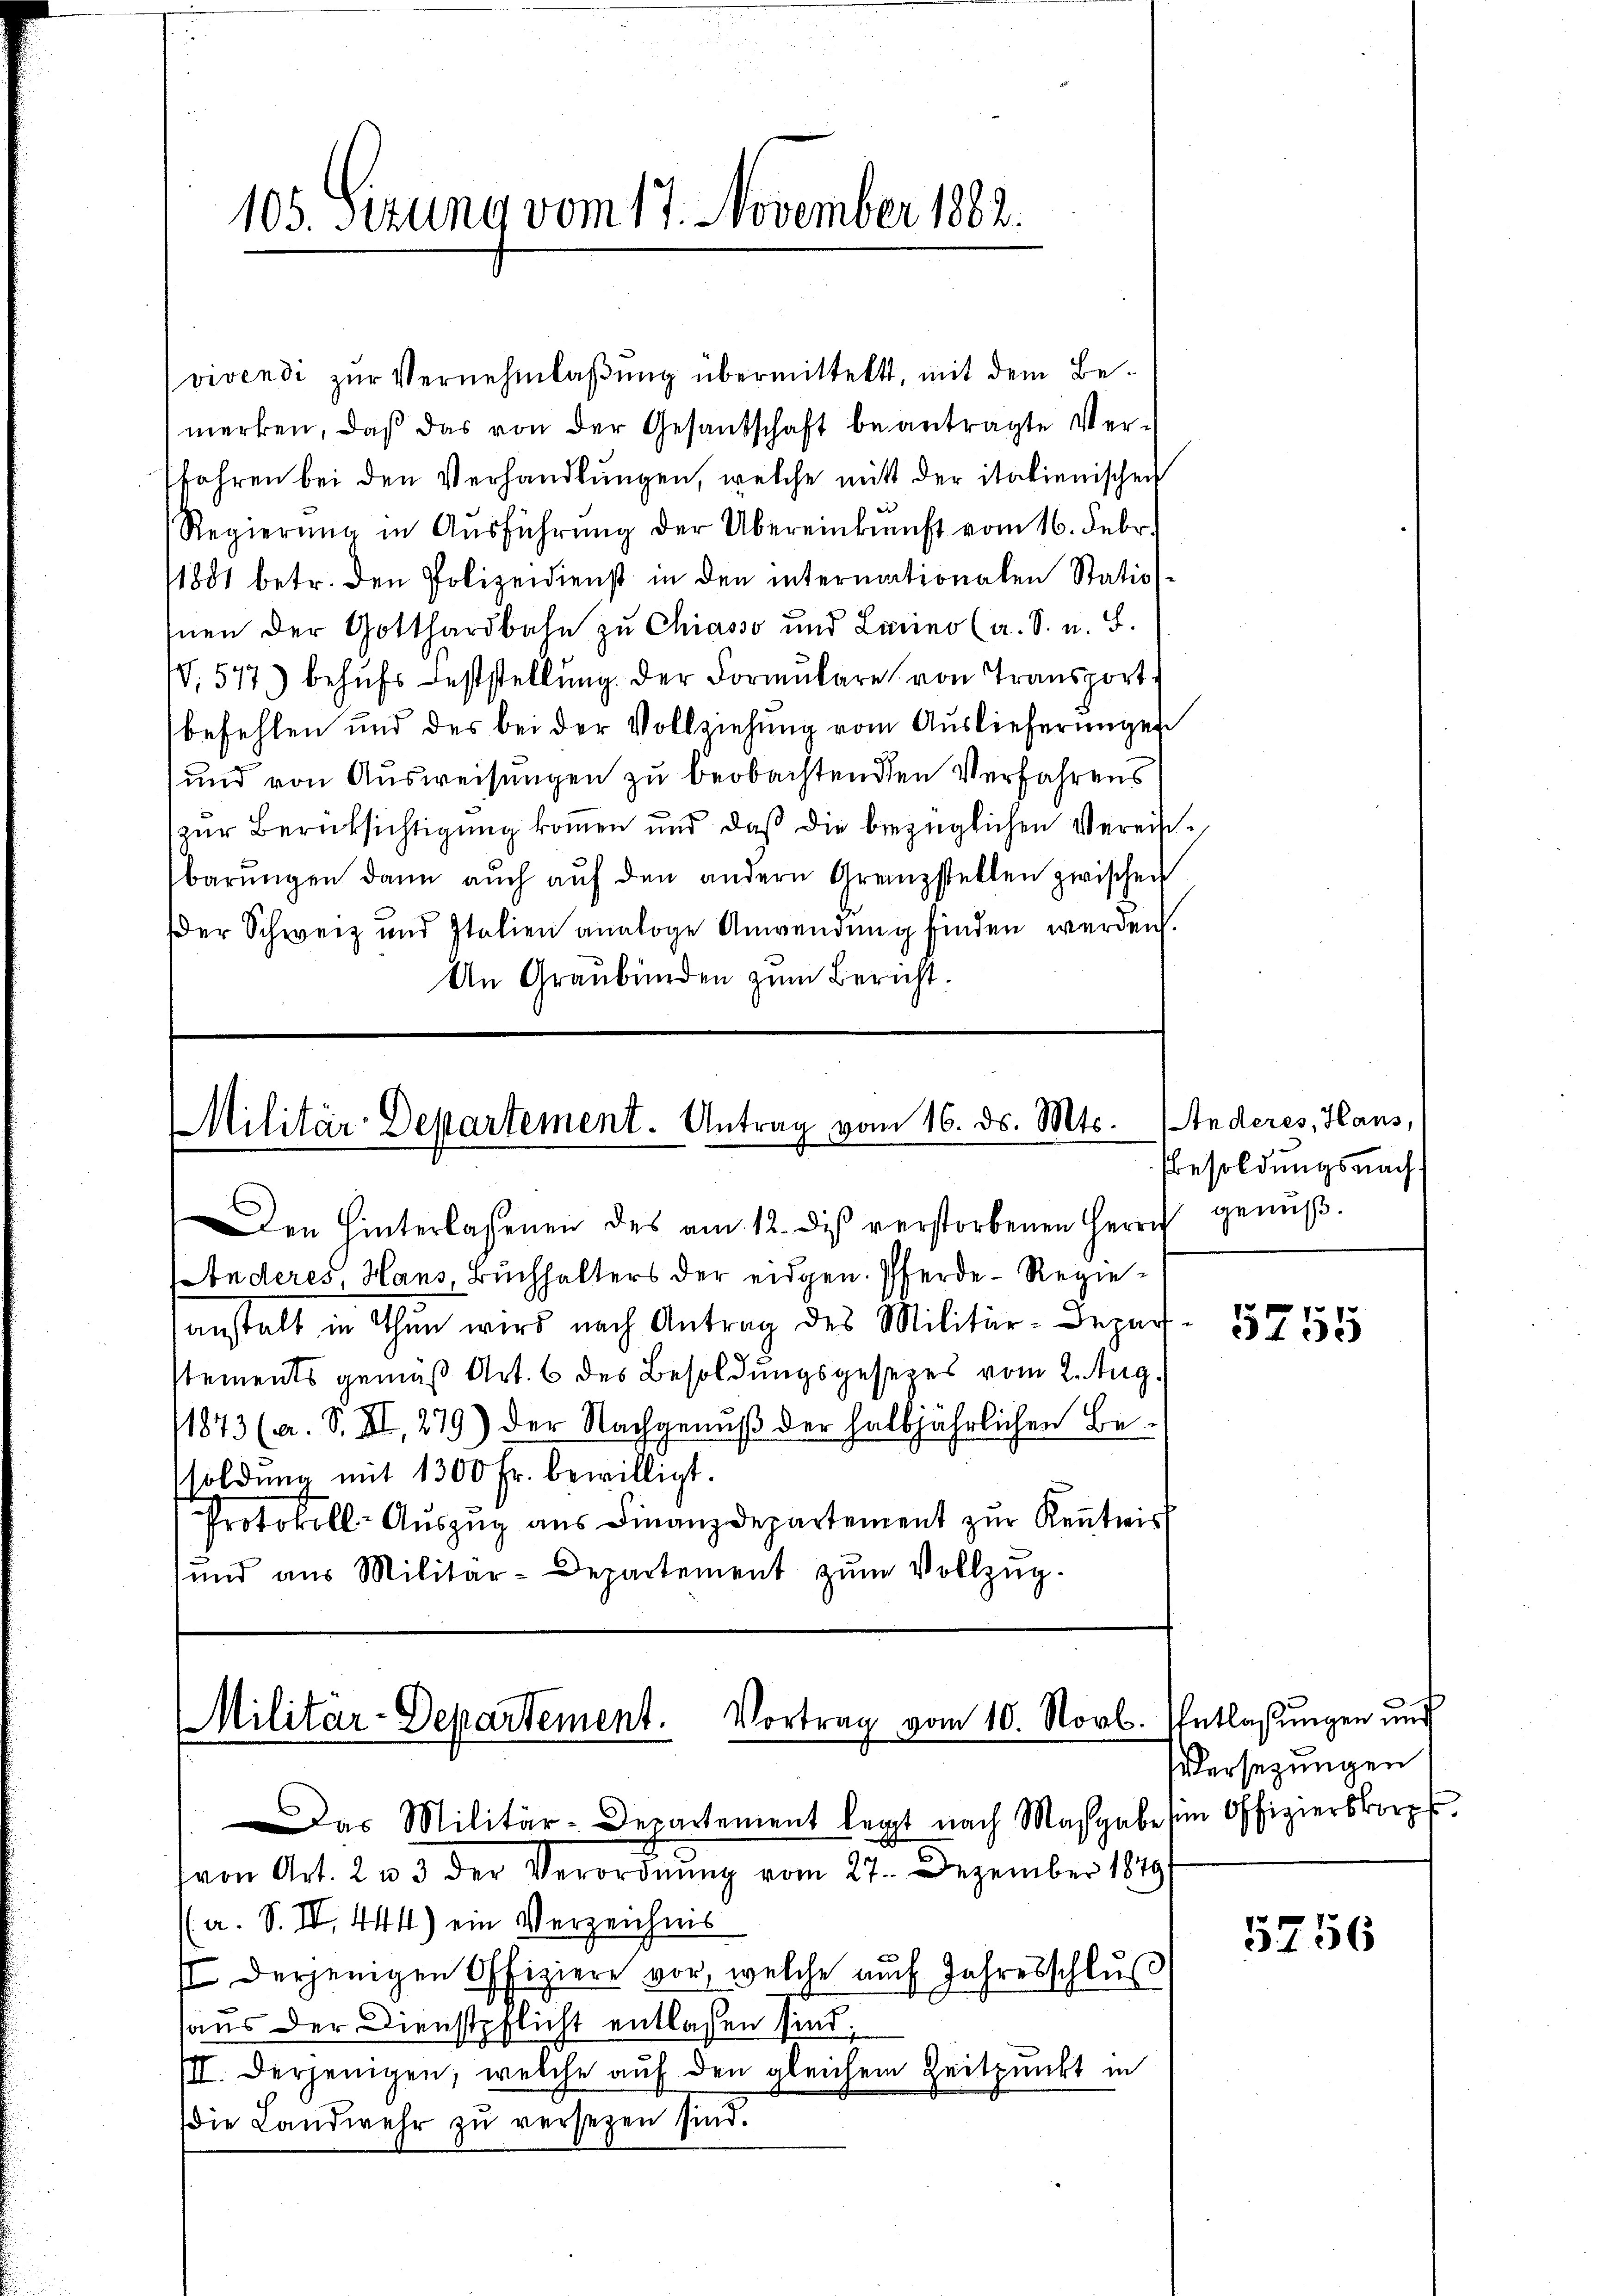
105. Sizung vom 17. November 1882.

vivendi zur Vernehmlassung übermittelt, mit dem Bemerken, daβ das von der Gesandschaft beantragte Verfahren bei den Verhandlungen, welche mit der italienischen
Regierŭng in Aŭsführŭng der Übereinkunft vom 16. Febr.
1881 betr. den Polizeidienst in den intermationalen Statiosnen der Gotthardbahn zu Chiasso und Luino (a. S. u. S.
,577) behufs Feststellung der Formulare von Transport
befehlen und des bei der Vollziehung vom Auslieferungen
und von Ausweisungen zu beobachtenden Verfahrens
zur Berüksichtigung kommen und daß die bezüglichen Vereisbarŭngen dann auch aŭf den andern Grenzstellen zwischen
der Schweiz und Italien analoge Anwendung finden werden.
An Graubünden zum Bericht.

Militär-Departement. Antrag vom 16. ds. Mts.

Den Hinterlassenen des am 12. diβ verstorbenen Herr genŭβ-
Inderes Haus, Buchhalters der eidgen. Pferde-Regiesanstalt in Thun wird nach Antrag des Militär-Deparstements gemäß Art. 6 des Besoldungsgesezes vom 2. Aug.
1873 (a. S. XI, 279) der Nachgenuß der halbjährlichen Besoldung mit 1300 Fr. bewilligt.
Protokoll-Aŭszŭg aŭs Finanzdepartement zŭr Keṅtnis
und aus Militär-Departement zum Vollzug.

Militär-Departement. Vortrag vom 10. Novb.
Das Militär-Departement legt nach Maßgabe in Offizierskorp

(von Art. 213 der Verordnung vom 27. Dezember 1849
(a. S. II. 444) ein Verzeichnis
II derjenigen Offiziere vor, welche auch Jahresschlŭβ
haus der Dienstpflicht entlassen sind.
III. Derjenigen, welche auf den gleichem Zeitpunkt in
die Landwehr zŭ versetzen sind.

Anderes, Haus,
besoldungsnach

5755

EEntlaßungen und
Versetzungen

5756